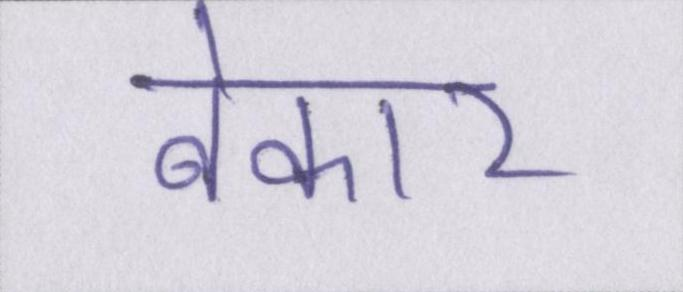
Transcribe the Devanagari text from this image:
बेकार